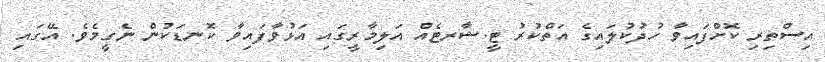
އިސްތިރި ކޮށްފައިވާ ހުދުކުލައިގެ އަތްކުރު ޓީ.ޝާރޓެއް އަލިމާރީގައި އަޅުވާފައިވާ ކޮނޑަކުން ނެގީމެވެ. އޭގައި